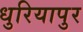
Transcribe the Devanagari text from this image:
धुरियापुर